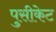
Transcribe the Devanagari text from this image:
पुसीकेट